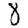
Digit: 8